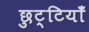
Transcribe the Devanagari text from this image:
छुट्टियाँ